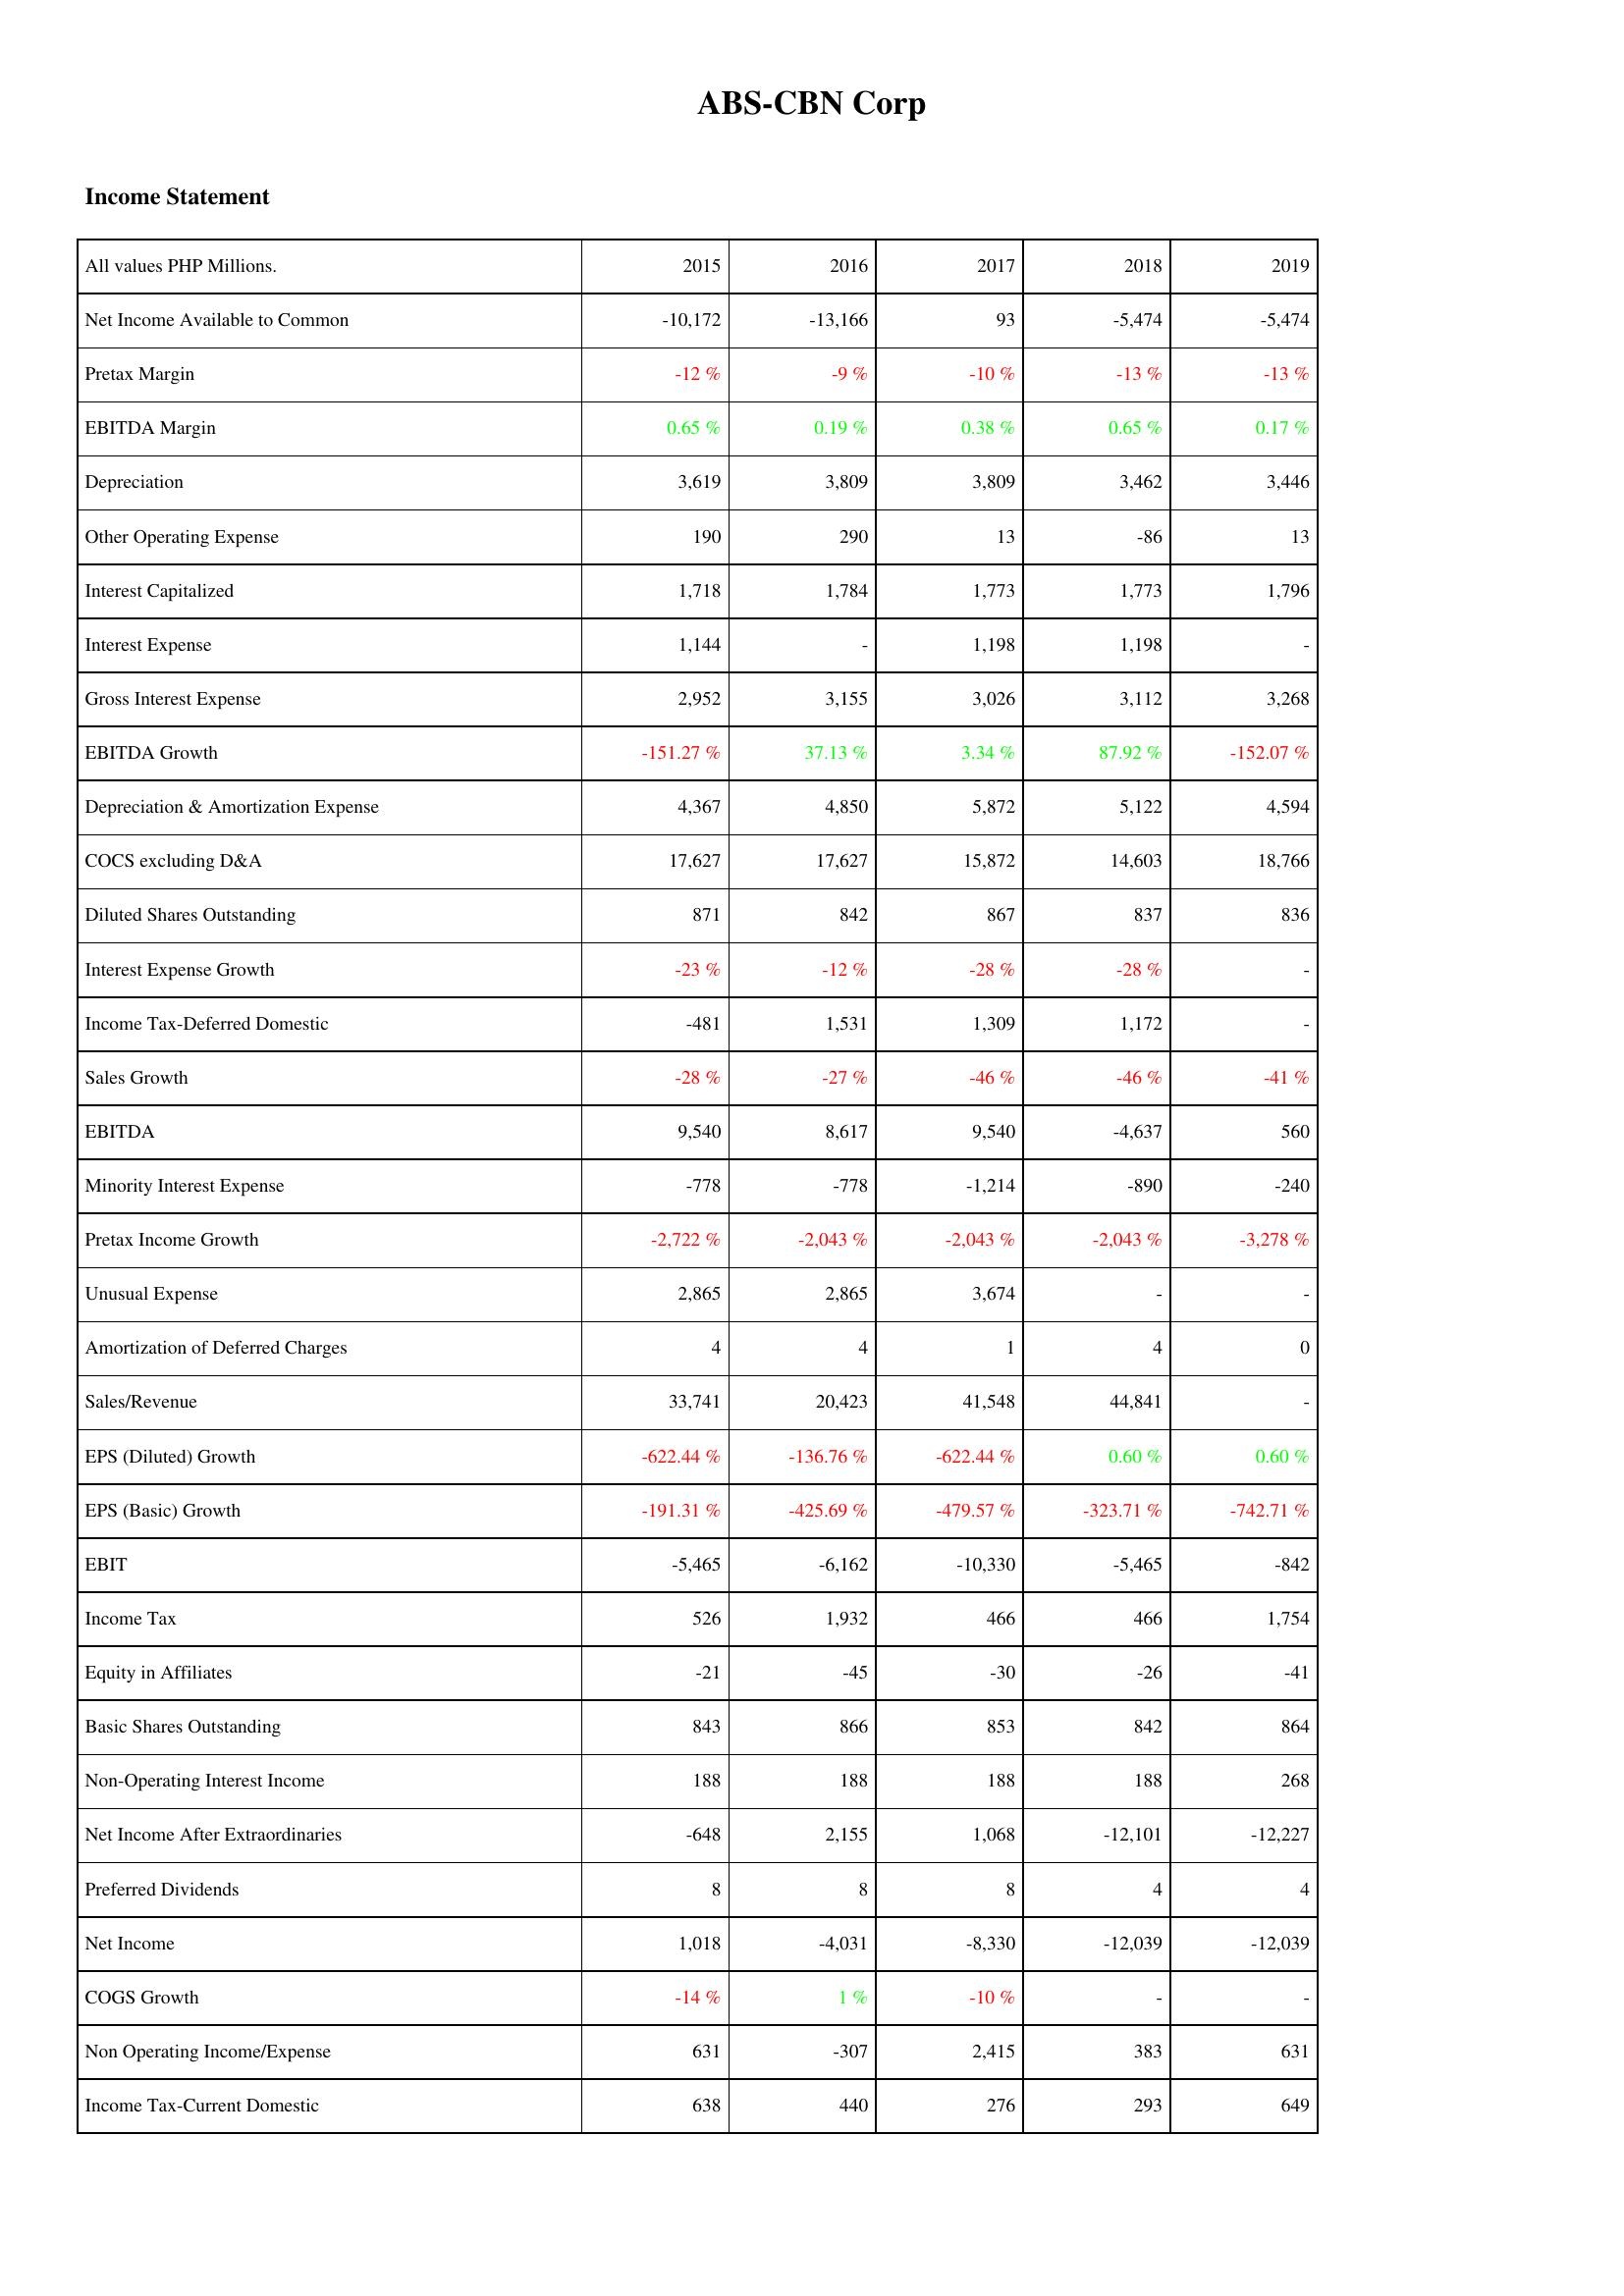
2015: Income Statement: Net Income Available to Common: -10,172
Pretax Margin: -12 %
EBITDA Margin: 0.65 %
Depreciation: 3,619
Other Operating Expense: 190
Interest Capitalized: 1,718
Interest Expense: 1,144
Gross Interest Expense: 2,952
EBITDA Growth: -151.27 %
Depreciation & Amortization Expense: 4,367
COCS excluding D&A: 17,627
Diluted Shares Outstanding: 871
Interest Expense Growth: -23 %
Income Tax-Deferred Domestic: -481
Sales Growth: -28 %
EBITDA: 9,540
Minority Interest Expense: -778
Pretax Income Growth: -2,722 %
Unusual Expense: 2,865
Amortization of Deferred Charges: 4
Sales/Revenue: 33,741
EPS (Diluted) Growth: -622.44 %
EPS (Basic) Growth: -191.31 %
EBIT: -5,465
Income Tax: 526
Equity in Affiliates: -21
Basic Shares Outstanding: 843
Non-Operating Interest Income: 188
Net Income After Extraordinaries: -648
Preferred Dividends: 8
Net Income: 1,018
COGS Growth: -14 %
Non Operating Income/Expense: 631
Income Tax-Current Domestic: 638
2016: Income Statement: Net Income Available to Common: -13,166
Pretax Margin: -9 %
EBITDA Margin: 0.19 %
Depreciation: 3,809
Other Operating Expense: 290
Interest Capitalized: 1,784
Interest Expense: -
Gross Interest Expense: 3,155
EBITDA Growth: 37.13 %
Depreciation & Amortization Expense: 4,850
COCS excluding D&A: 17,627
Diluted Shares Outstanding: 842
Interest Expense Growth: -12 %
Income Tax-Deferred Domestic: 1,531
Sales Growth: -27 %
EBITDA: 8,617
Minority Interest Expense: -778
Pretax Income Growth: -2,043 %
Unusual Expense: 2,865
Amortization of Deferred Charges: 4
Sales/Revenue: 20,423
EPS (Diluted) Growth: -136.76 %
EPS (Basic) Growth: -425.69 %
EBIT: -6,162
Income Tax: 1,932
Equity in Affiliates: -45
Basic Shares Outstanding: 866
Non-Operating Interest Income: 188
Net Income After Extraordinaries: 2,155
Preferred Dividends: 8
Net Income: -4,031
COGS Growth: 1 %
Non Operating Income/Expense: -307
Income Tax-Current Domestic: 440
2017: Income Statement: Net Income Available to Common: 93
Pretax Margin: -10 %
EBITDA Margin: 0.38 %
Depreciation: 3,809
Other Operating Expense: 13
Interest Capitalized: 1,773
Interest Expense: 1,198
Gross Interest Expense: 3,026
EBITDA Growth: 3.34 %
Depreciation & Amortization Expense: 5,872
COCS excluding D&A: 15,872
Diluted Shares Outstanding: 867
Interest Expense Growth: -28 %
Income Tax-Deferred Domestic: 1,309
Sales Growth: -46 %
EBITDA: 9,540
Minority Interest Expense: -1,214
Pretax Income Growth: -2,043 %
Unusual Expense: 3,674
Amortization of Deferred Charges: 1
Sales/Revenue: 41,548
EPS (Diluted) Growth: -622.44 %
EPS (Basic) Growth: -479.57 %
EBIT: -10,330
Income Tax: 466
Equity in Affiliates: -30
Basic Shares Outstanding: 853
Non-Operating Interest Income: 188
Net Income After Extraordinaries: 1,068
Preferred Dividends: 8
Net Income: -8,330
COGS Growth: -10 %
Non Operating Income/Expense: 2,415
Income Tax-Current Domestic: 276
2018: Income Statement: Net Income Available to Common: -5,474
Pretax Margin: -13 %
EBITDA Margin: 0.65 %
Depreciation: 3,462
Other Operating Expense: -86
Interest Capitalized: 1,773
Interest Expense: 1,198
Gross Interest Expense: 3,112
EBITDA Growth: 87.92 %
Depreciation & Amortization Expense: 5,122
COCS excluding D&A: 14,603
Diluted Shares Outstanding: 837
Interest Expense Growth: -28 %
Income Tax-Deferred Domestic: 1,172
Sales Growth: -46 %
EBITDA: -4,637
Minority Interest Expense: -890
Pretax Income Growth: -2,043 %
Unusual Expense: -
Amortization of Deferred Charges: 4
Sales/Revenue: 44,841
EPS (Diluted) Growth: 0.60 %
EPS (Basic) Growth: -323.71 %
EBIT: -5,465
Income Tax: 466
Equity in Affiliates: -26
Basic Shares Outstanding: 842
Non-Operating Interest Income: 188
Net Income After Extraordinaries: -12,101
Preferred Dividends: 4
Net Income: -12,039
COGS Growth: -
Non Operating Income/Expense: 383
Income Tax-Current Domestic: 293
2019: Income Statement: Net Income Available to Common: -5,474
Pretax Margin: -13 %
EBITDA Margin: 0.17 %
Depreciation: 3,446
Other Operating Expense: 13
Interest Capitalized: 1,796
Interest Expense: -
Gross Interest Expense: 3,268
EBITDA Growth: -152.07 %
Depreciation & Amortization Expense: 4,594
COCS excluding D&A: 18,766
Diluted Shares Outstanding: 836
Interest Expense Growth: -
Income Tax-Deferred Domestic: -
Sales Growth: -41 %
EBITDA: 560
Minority Interest Expense: -240
Pretax Income Growth: -3,278 %
Unusual Expense: -
Amortization of Deferred Charges: 0
Sales/Revenue: -
EPS (Diluted) Growth: 0.60 %
EPS (Basic) Growth: -742.71 %
EBIT: -842
Income Tax: 1,754
Equity in Affiliates: -41
Basic Shares Outstanding: 864
Non-Operating Interest Income: 268
Net Income After Extraordinaries: -12,227
Preferred Dividends: 4
Net Income: -12,039
COGS Growth: -
Non Operating Income/Expense: 631
Income Tax-Current Domestic: 649